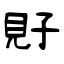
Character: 覎